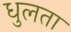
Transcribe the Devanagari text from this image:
धुलता